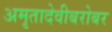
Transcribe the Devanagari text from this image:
अमृतादेवीबरोबर